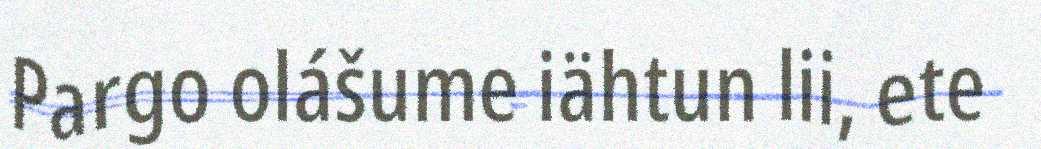
Pargo olášume iähtun lii, ete